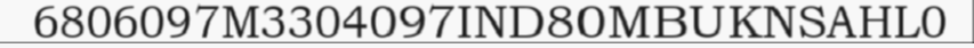
6806097M3304097IND80MBUKNSAHL0